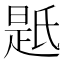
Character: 𭦯